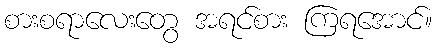
စားစရာလေးတွေ အရင်စား ကြရအောင်။